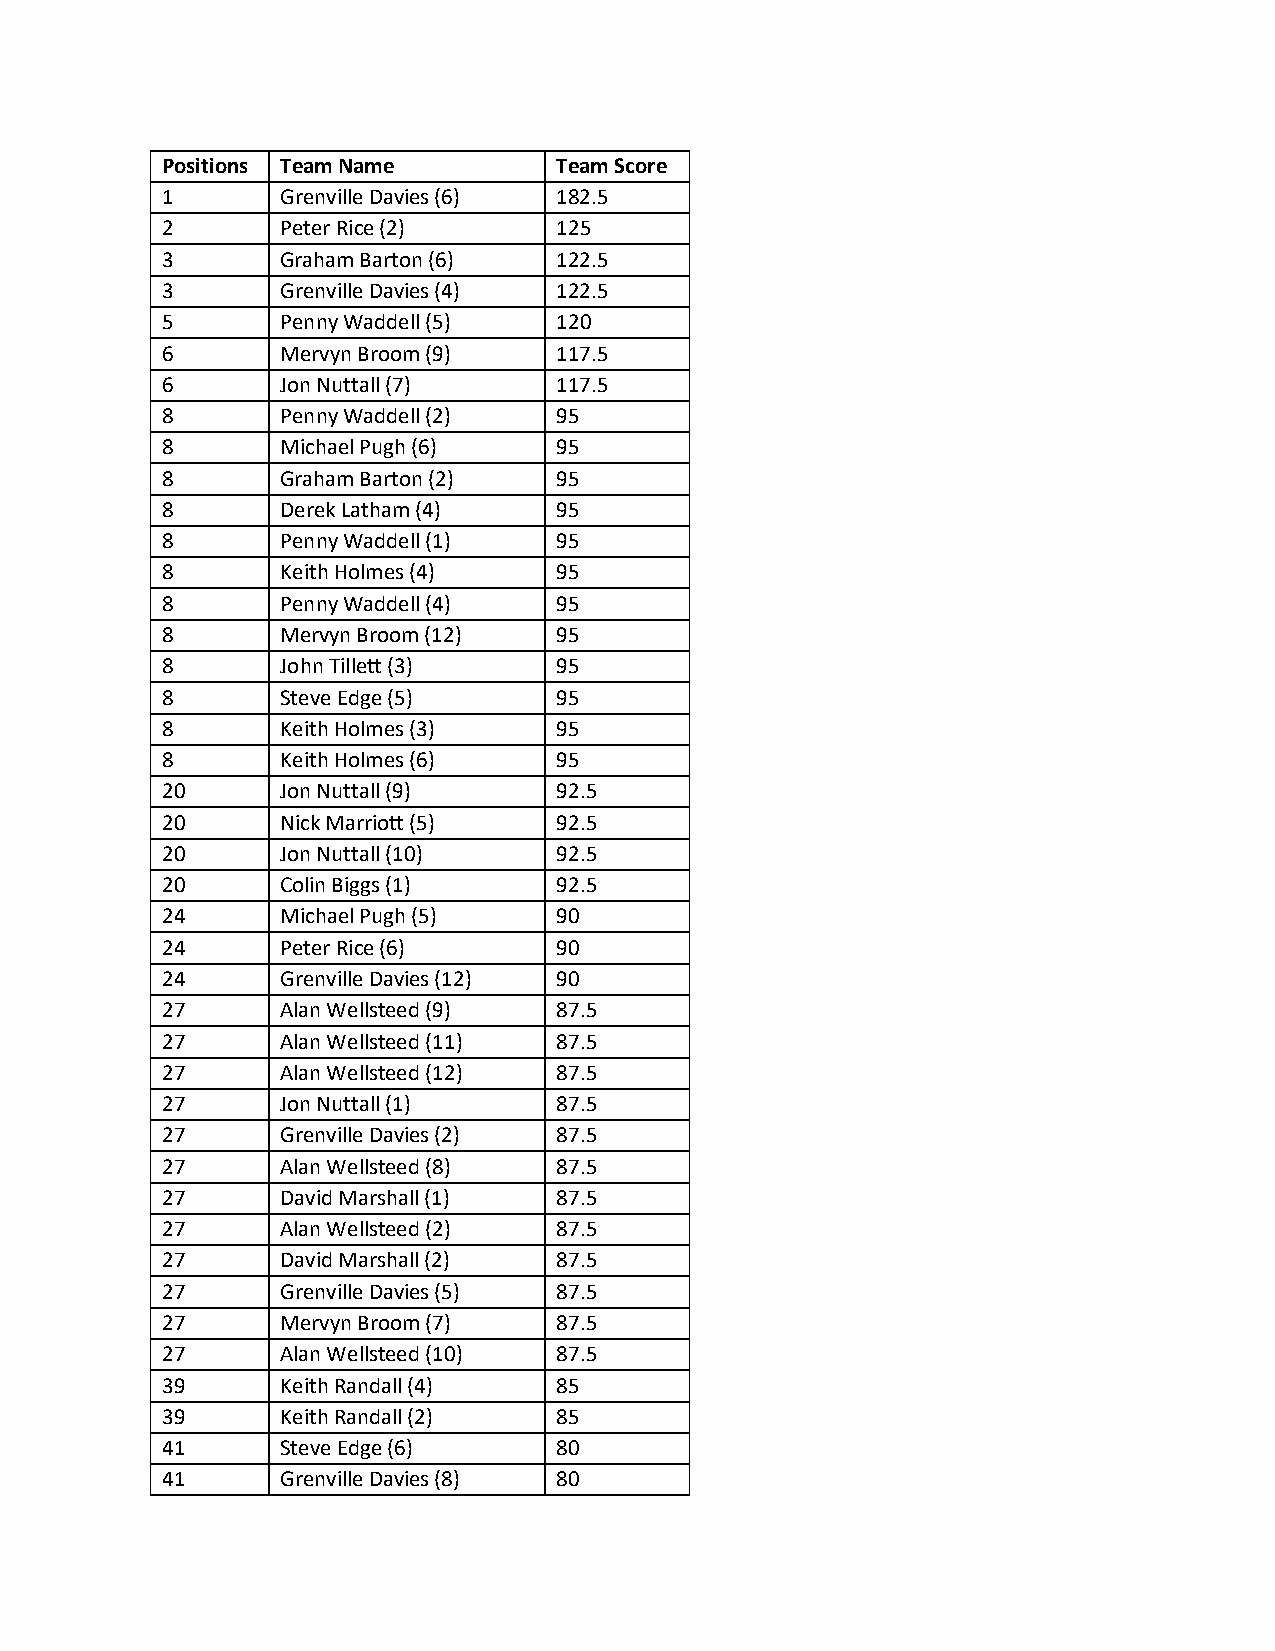
Positions Team Name       Team Score
 1       Grenville Davies (6) 182.5
 2       Peter Rice (2)    125
 3       Graham Barton (6) 122.5
 3       Grenville Davies (4) 122.5
 5       Penny Waddell (5) 120
 6       Mervyn Broom (9)  117.5
 6       Jon Nuttall (7)   117.5
 8       Penny Waddell (2) 95
 8       Michael Pugh (6)  95
 8       Graham Barton (2) 95
 8       Derek Latham (4)  95
 8       Penny Waddell (1) 95
 8       Keith Holmes (4)  95
 8       Penny Waddell (4) 95
 8       Mervyn Broom (12) 95
 8       John Tillett (3)  95
 8       Steve Edge (5)    95
 8       Keith Holmes (3)  95
 8       Keith Holmes (6)  95
 20      Jon Nuttall (9)   92.5
 20      Nick Marriott (5) 92.5
 20      Jon Nuttall (10)  92.5
 20      Colin Biggs (1)   92.5
 24      Michael Pugh (5)  90
 24      Peter Rice (6)    90
 24      Grenville Davies (12) 90
 27      Alan Wellsteed (9) 87.5
 27      Alan Wellsteed (11) 87.5
 27      Alan Wellsteed (12) 87.5
 27      Jon Nuttall (1)   87.5
 27      Grenville Davies (2) 87.5
 27      Alan Wellsteed (8) 87.5
 27      David Marshall (1) 87.5
 27      Alan Wellsteed (2) 87.5
 27      David Marshall (2) 87.5
 27      Grenville Davies (5) 87.5
 27      Mervyn Broom (7)  87.5
 27      Alan Wellsteed (10) 87.5
 39      Keith Randall (4) 85
 39      Keith Randall (2) 85
 41      Steve Edge (6)    80
 41      Grenville Davies (8) 80